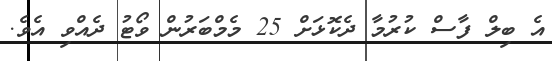
އެ ބިލް ފާސް ކުރުމާ ދެކޮޅަށް 25 މެމްބަރުން ވޯޓު ދެއްވި އެވެ.